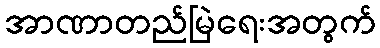
အာဏာတည်မြဲရေးအတွက်